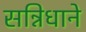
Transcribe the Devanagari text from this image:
सन्निधाने